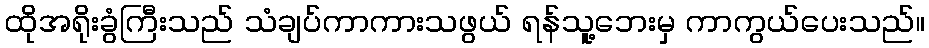
ထိုအရိုးခွံကြီးသည် သံချပ်ကာကားသဖွယ် ရန်သူ့ဘေးမှ ကာကွယ်ပေးသည်။